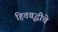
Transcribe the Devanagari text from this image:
हितवृद्धीचे